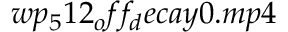
w p _ { 5 } 1 2 _ { o } f f _ { d } e c a y 0 . m p 4